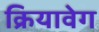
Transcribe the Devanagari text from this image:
क्रियावेग